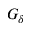
G _ { \delta }